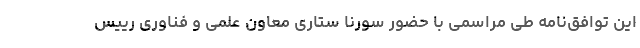
این توافق‌نامه طی مراسمی با حضور سورنا ستاری معاون علمی و فناوری رییس